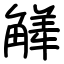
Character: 觲